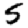
Digit: 5